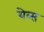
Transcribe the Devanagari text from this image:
येव्स